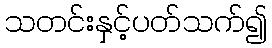
သတင်းနှင့်ပတ်သက်၍